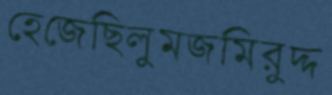
হেজেছিলুমজমিরুদ্দ